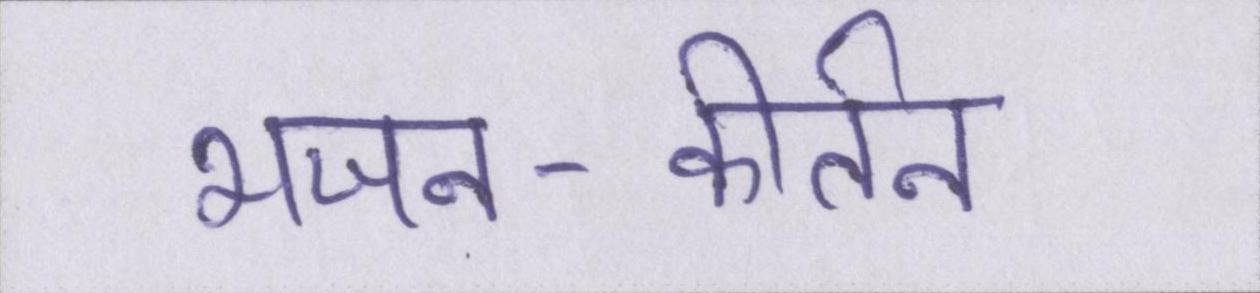
भजन-कीर्तन